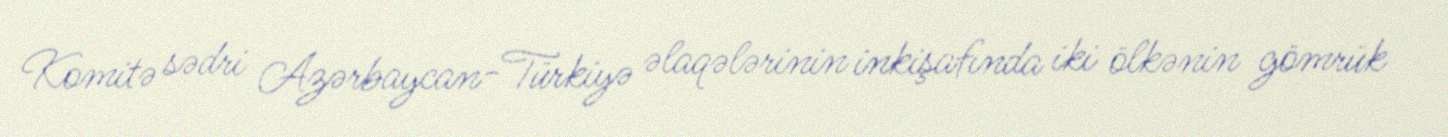
Komitə sədri Azərbaycan-Türkiyə əlaqələrinin inkişafında iki ölkənin gömrük